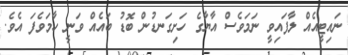
ނައިޓީއެއް ލާފައިވީ ނަމަވެސް އާޔާގެ ހަށިގަނޑުން ބޮޑު ބައެއް ވަނީ ހާމަވެފަ އެވެ.